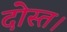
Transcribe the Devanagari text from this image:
दोस्त।